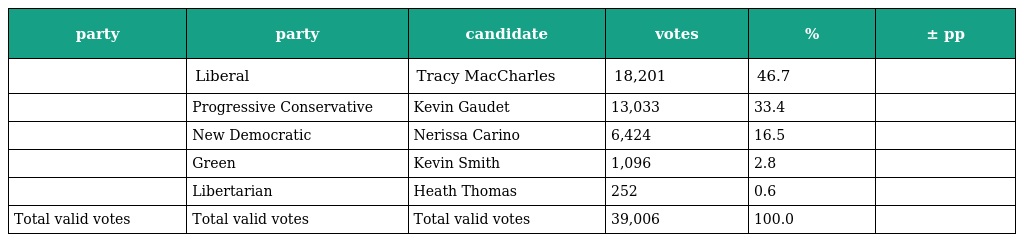
| party | party | candidate | votes | % | ± pp |
 | --- | --- | --- | --- | --- | --- |
 |  | Liberal | Tracy MacCharles | 18,201 | 46.7 |  |
 |  | Progressive Conservative | Kevin Gaudet | 13,033 | 33.4 |  |
 |  | New Democratic | Nerissa Carino | 6,424 | 16.5 |  |
 |  | Green | Kevin Smith | 1,096 | 2.8 |  |
 |  | Libertarian | Heath Thomas | 252 | 0.6 |  |
 | Total valid votes | Total valid votes | Total valid votes | 39,006 | 100.0 |  |